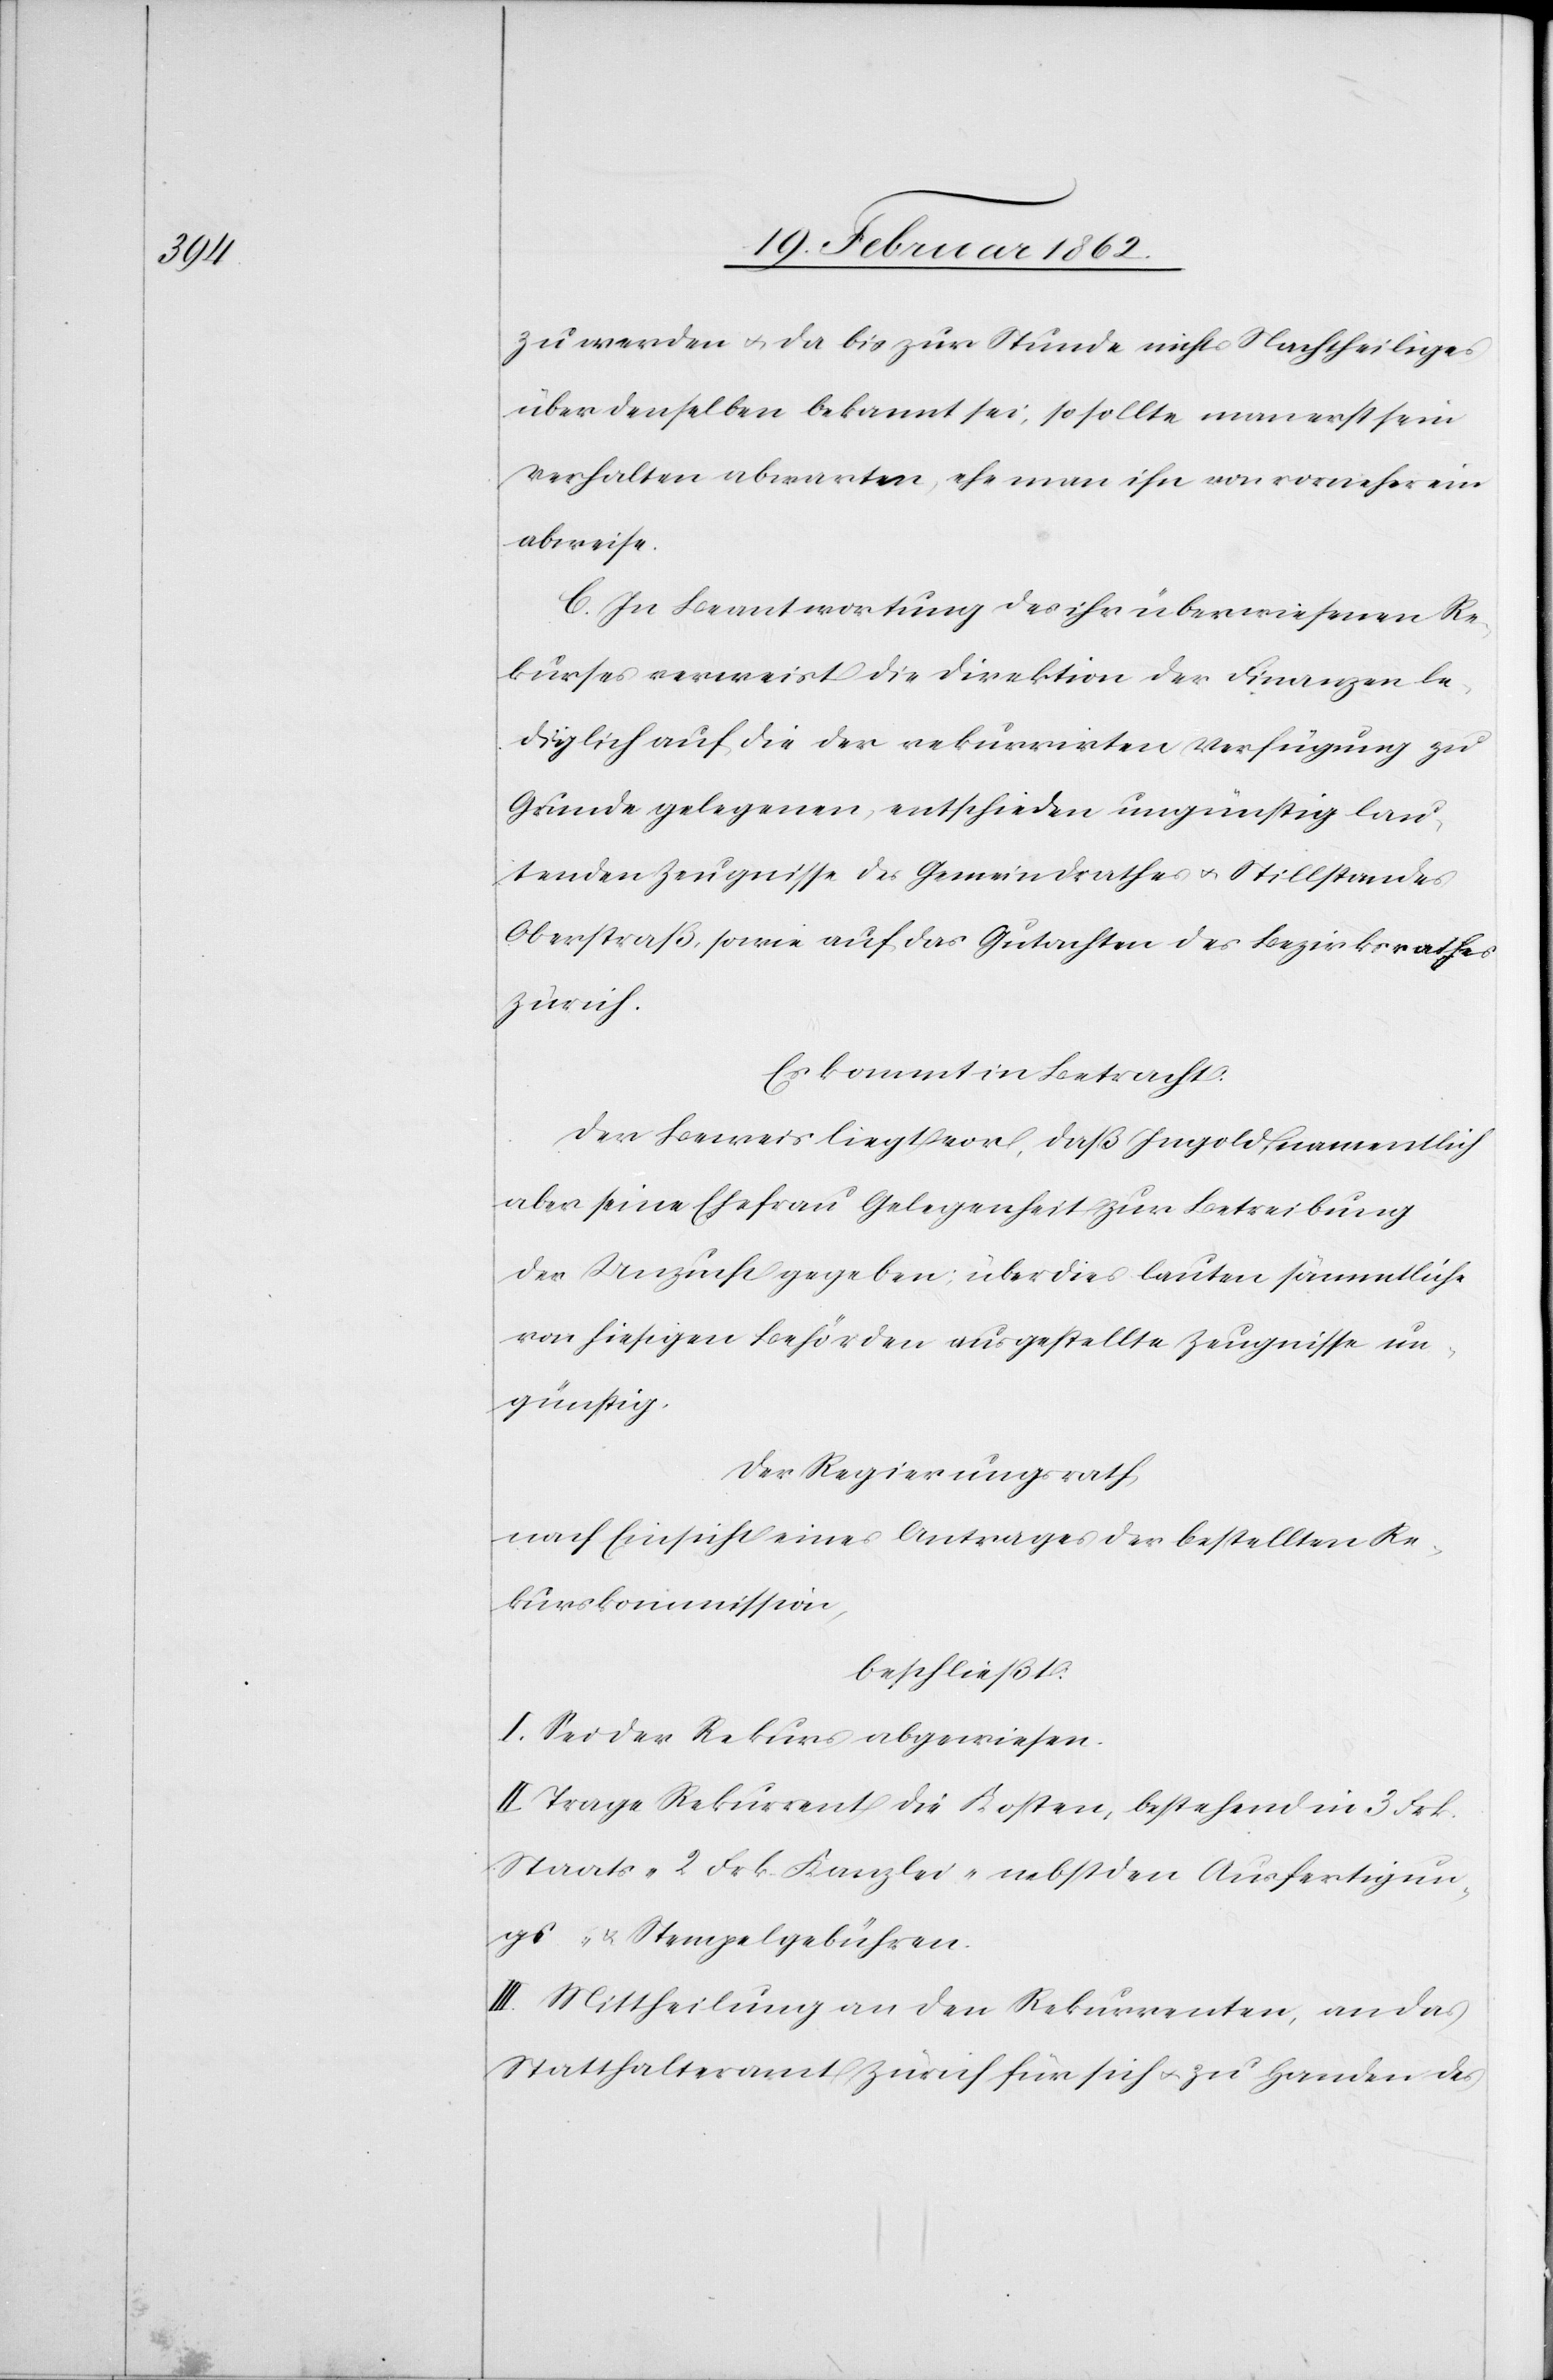
zu werden u. da bis zur Stunde nichts Nachtheiliges
über denselben bekannt sei, so sollte man erst sein
Verhalten abwarten, ehe man ihn von vorneherein
abweise.
C. In Beantwortung des ihr überwiesenen Re¬
kurses verweist die Direktion der Finanzen le¬
diglich auf die der rekurrirten Verfügung zu
Grunde gelegenen, enschieden ungünstig lau¬
tenden Zeugnisse des Gemeindrathes u. Stillstandes
Oberstraß, sowie auf das Gutachten des Bezirksrathes
Zürich.
Es kommt in Betracht.
Der Beweis liegt vor, daß Ingold, namentlich
aber seine Ehefrau Gelegenheit zur Betreibung
der Unzucht gegeben; überdies lauten sämmtliche
von hiesigen Behörden ausgestellte Zeugnisse un¬
günstig.
Der Regierungsrath
nach Einsicht eines Antrages der bestellten Re¬
kurskommission,
beschließt:
I. Sei der Rekurs abgewiesen.
II. Trage Rekurrent die Kosten, bestehend in 3 Frk.
Staats- 2 Frk. Kanzlei- nebst den Ausfertigun¬
gs- & Stempelgebühren.
III. Mittheilung an den Rekurrenten, an das
Statthalteramt Zürich für sich u. zu Handen des